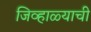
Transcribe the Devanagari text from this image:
जिव्हाळ्याची